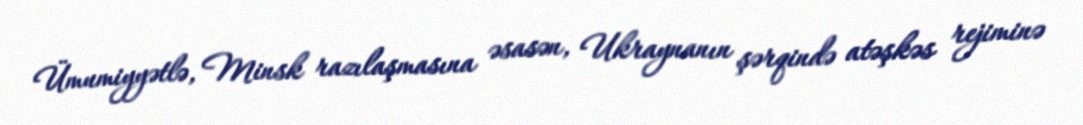
Ümumiyyətlə, Minsk razılaşmasına əsasən, Ukraynanın şərqində atəşkəs rejiminə